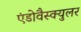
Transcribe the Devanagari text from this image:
एंडोवैस्क्युलर